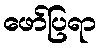
ဖော်ပြရာ